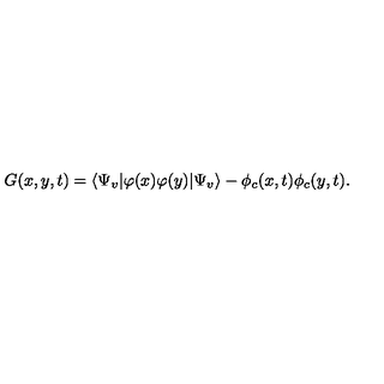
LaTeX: G ( x , y , t ) = \langle \Psi _ { v } | \varphi ( x ) \varphi ( y ) | \Psi _ { v } \rangle - \phi _ { c } ( x , t ) \phi _ { c } ( y , t ) .